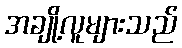
အချို့လူများသည်